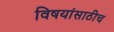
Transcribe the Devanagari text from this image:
विषयांसाठीच